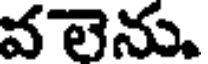
వ లెను.